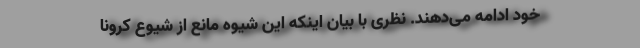
خود ادامه می‌دهند. نظری با بیان اینکه این شیوه مانع از شیوع کرونا